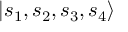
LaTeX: | { s _ { 1 } , s _ { 2 } , s _ { 3 } , s _ { 4 } } \rangle